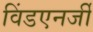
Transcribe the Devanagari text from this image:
विंडएनर्जी